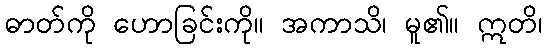
ဓာတ်ကို ဟောခြင်းကို။ အကာသိ၊ မူ၏။ ဣတိ၊